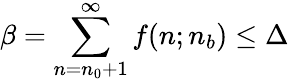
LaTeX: \beta=\sum_{n=n_{0}+1}^{\infty}f(n;n_{b})\leq\Delta